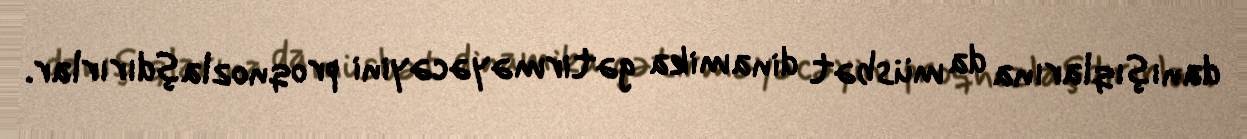
danışıqlarına da müsbət dinamika gətirməyəcəyini proqnozlaşdırırlar.